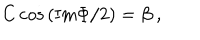
C \cos { ( \mathrm { I m } \Phi / 2 ) } = \beta \ ,